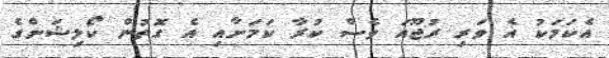
އެކަމަކު އެ ވަރި ރުޖޫއަ ވެސް ކުރާ ކަމަށާއި އެ ގޮތުން ކޯލިޝަންގެ